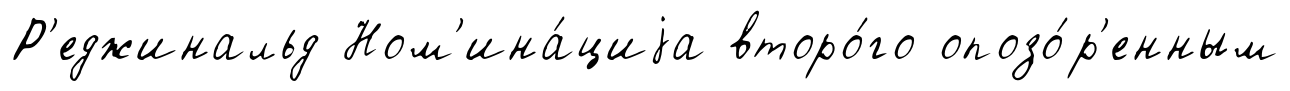
Р'еджинальд Ном'ина́циjа второ́го опозо́р'енным